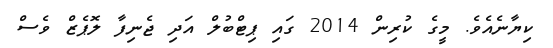
ކިޔާނެއެވެ. މީގެ ކުރިން 2014 ގައި ޕިޓްބުލް އަދި ޖެނިފާ ލޮޕެޒް ވެސް